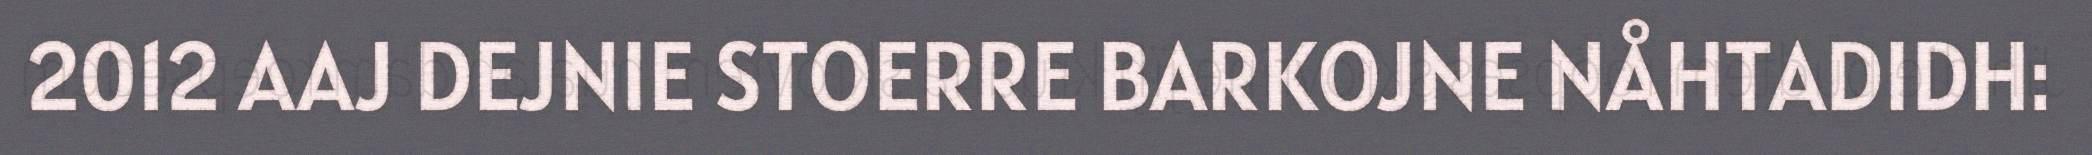
2012 AAJ DEJNIE STOERRE BARKOJNE NÅHTADIDH: